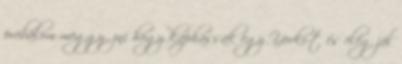
próbálom meggyőzni hogy kaphassak egy Yorki-t és elég jól